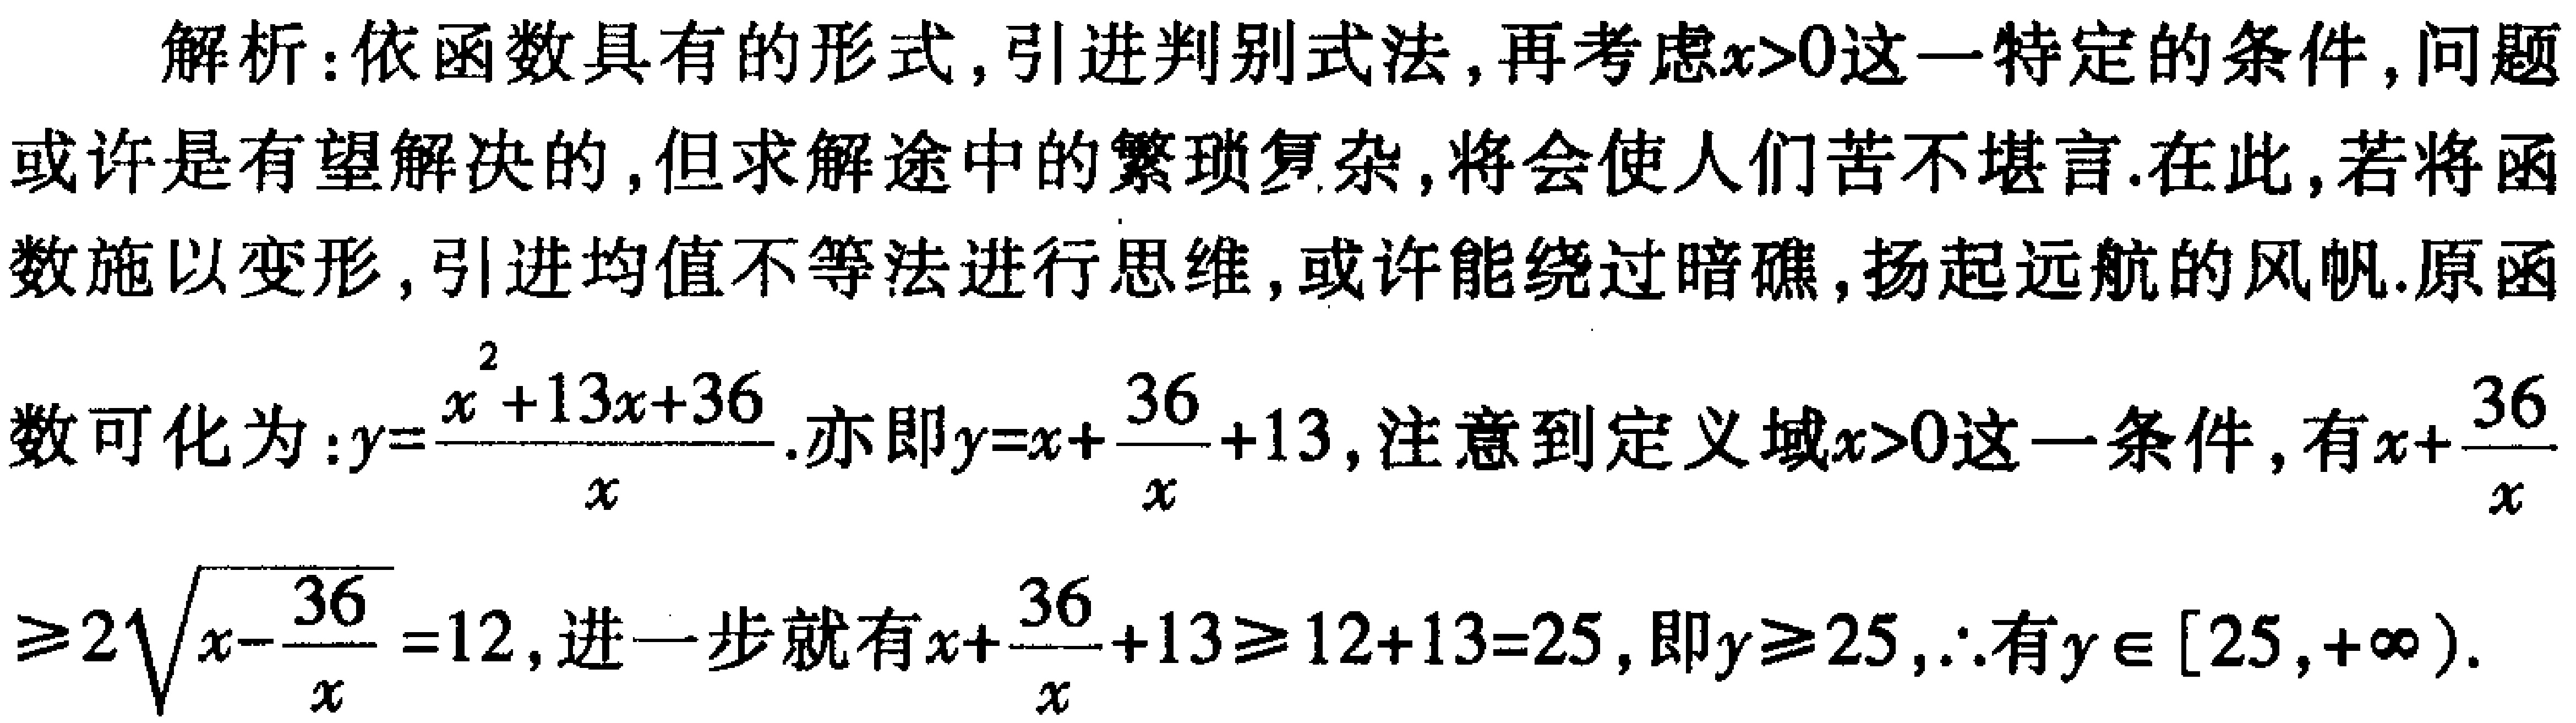
解析：依函数具有的形式, 引进判别式法, 再考虑\(x > 0\)这一特定的条件, 问题或许是有望解决的, 但求解途中的繁琐复杂, 将会使人们苦不堪言. 在此, 若将函数施以变形, 引进均值不等法进行思维, 或许能绕过暗礁, 扬起远航的风帆. 原函数可化为：\(y = \frac{x^{2}+13x + 36}{x}\). 亦即\(y = x+\frac{36}{x}+13\), 注意到定义域\(x > 0\)这一条件, 有\(x+\frac{36}{x}\geq2\sqrt{x\cdot\frac{36}{x}} = 12\), 进一步就有\(x+\frac{36}{x}+13\geq12 + 13 = 25\), 即\(y\geq25\), \(\therefore\)有\(y\in[25,+\infty)\).